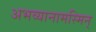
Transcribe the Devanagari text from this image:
अभव्यानामस्मिन्